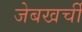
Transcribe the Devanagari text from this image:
जेबखर्ची